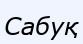
Сабуқ